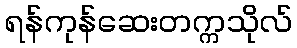
ရန်ကုန်ဆေးတက္ကသိုလ်